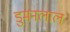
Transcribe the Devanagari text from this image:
डुमनलाल